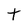
Character: t